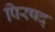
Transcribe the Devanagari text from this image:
पिरषद्